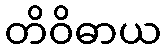
တိဝိဓာယ